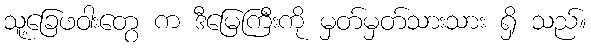
သူ့ခြေဖဝါးတွေ က ဒီမြေကြီးကို မှတ်မှတ်သားသား ရှိ သည်။